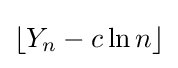
\lfloor Y_{n}-c\ln n\rfloor